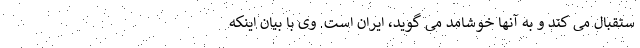
ستقبال می کند و به آنها خوشامد می گوید، ایران است. وی با بیان اینکه